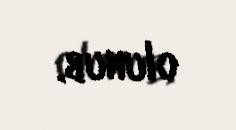
olunub.